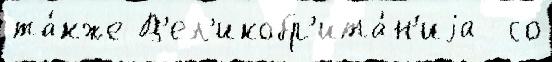
та́кже В'ел'икобр'ита́н'иjа  со